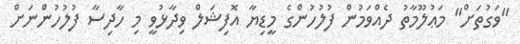
"ވަގުތަށް" މަޢުލޫމާތު ދެއްވަމުން ފުލުހުންގެ މީޑިޔާ އޮފިޝަލް ވިދާޅުވީ މި ހާދިސާ ފުލުހުންނަށް